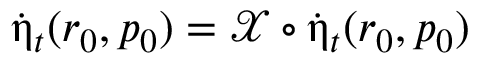
\dot { \upeta } _ { t } ( r _ { 0 } , p _ { 0 } ) = \mathcal { X } \circ \dot { \upeta } _ { t } ( r _ { 0 } , p _ { 0 } )